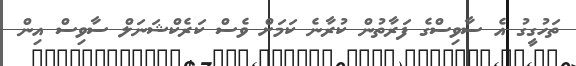
ތަހުގީގު އެ ސާވިސްގެ ފަރާތުން ކުރާނެ ކަމަށް ވެސް ކަރެކްޝަނަލް ސާވިސް އިން